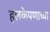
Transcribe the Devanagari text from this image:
हलकेपणाच्या